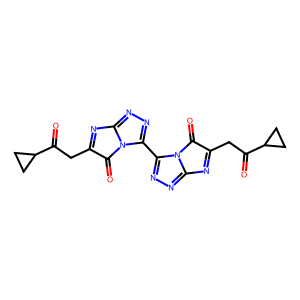
SMILES: O=C(CC1=Nc2nnc(-c3nnc4n3C(=O)C(CC(=O)C3CC3)=N4)n2C1=O)C1CC1
Inhibits HIV replication: No